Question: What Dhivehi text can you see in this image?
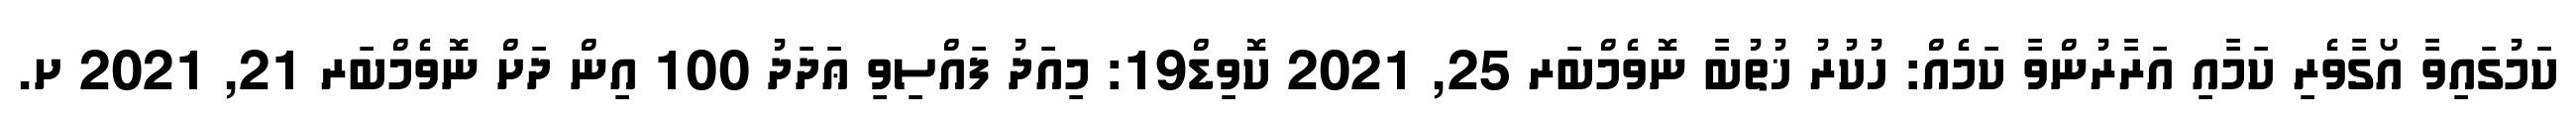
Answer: ކަމުގައިވާ އޯގާވެރި ކަމާއި އަރާރުންވާ ކަމެއް: ހުކުރު ޚުތުބާ ނޮވެމްބަރ 25, 2021 ކޮވިޑް19: މިއަދު ފައްސިވި ޢަދަދު 100 އިން ދަށް ނޮވެމްބަރ 21, 2021 ށ.